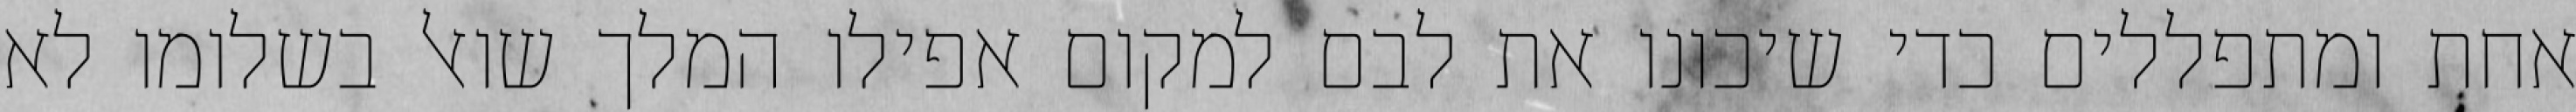
אחת ומתפללים כדי שיכונו את לבם למקום אפילו המלך שואל בשלומו לא